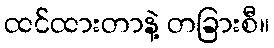
ထင်ထားတာနဲ့ တခြားစီ။